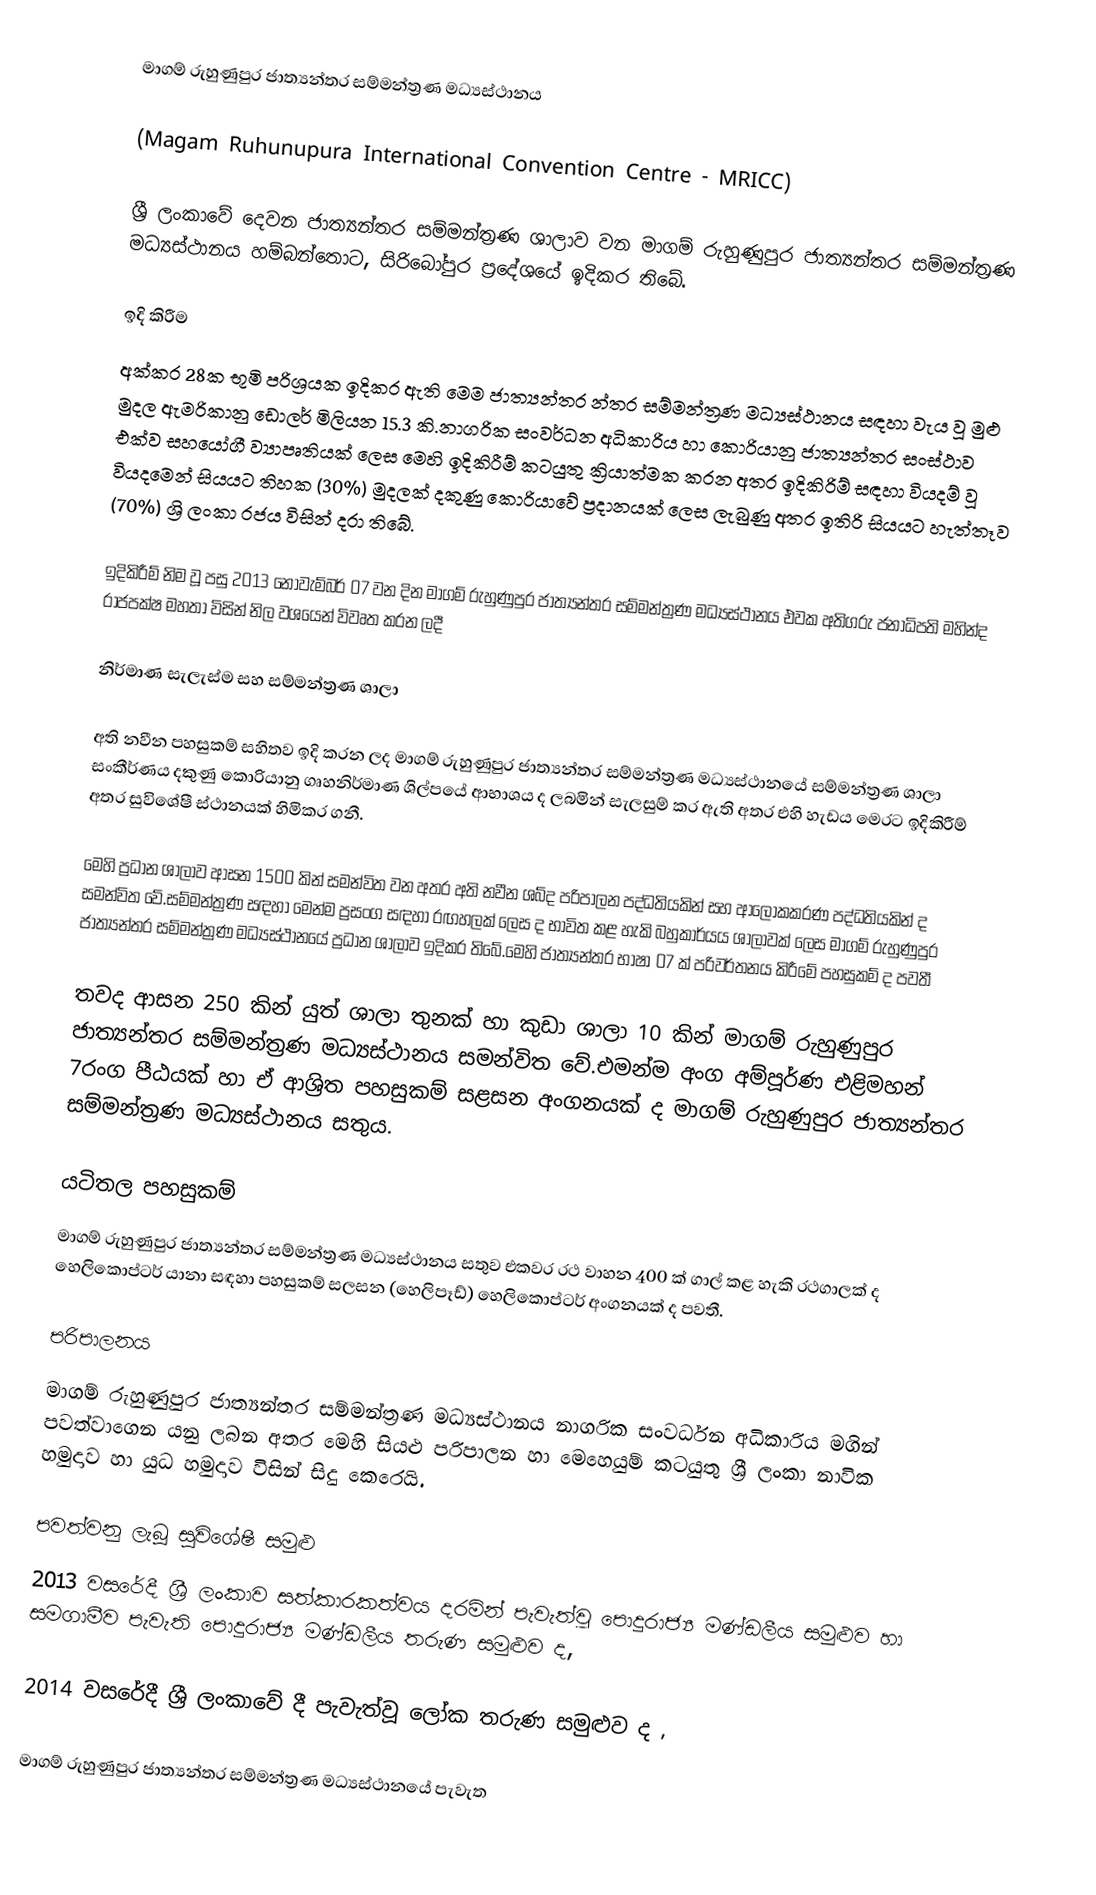
මාගම් රුහුණුපුර ජාත්‍යන්තර සම්මන්ත්‍රණ     මධ්‍යස්ථානය

(Magam Ruhunupura International Convention Centre - MRICC)

ශ්‍රී ලංකාවේ දෙවන ජාත්‍යන්තර සම්මන්ත්‍රණ ශාලාව වන මාගම් රුහුණුපුර ජාත්‍යන්තර සම්මන්ත්‍රණ මධ්‍යස්ථානය හම්බන්තොට, සිරිබෝපුර ප්‍රදේශයේ ඉදිකර තිබේ.

ඉදි කිරීම
අක්කර 28ක භූමි පරිශ්‍රයක ඉදිකර ඇති මෙම ජාත්‍යන්තර න්තර සම්මන්ත්‍රණ මධ්‍යස්ථානය සඳහා වැය වූ මුළු මුදල ඇමරිකානු ඩොලර් මිලියන 15.3 කි.නාගරික සංවර්ධන අධිකාරිය හා කොරියානු ජාත්‍යන්තර සංස්ථාව එක්ව සහයෝගී ව්‍යාපෘතියක් ලෙස මෙහි ඉදිකිරීම් කටයුතු ක්‍රියාත්මක කරන අතර ඉදිකිරිම් සඳහා වියදම් වූ වියදමෙන් සියයට තිහක (30%) මුදලක් දකුණු කොරියාවේ ප්‍රදානයක් ලෙස ලැබුණු අතර ඉතිරි සියයට හැත්තෑව (70%) ශ්‍රි ලංකා රජය විසින් දරා තිබේ.

ඉදිකිරීම් නිම වූ පසු 2013 නොවැම්බර් 07 වන දින මාගම් රුහුණුපුර ජාත්‍යන්තර සම්මන්ත්‍රණ මධ්‍යස්ථානය එවක අතිගරු ජනාධිපති මහින්ද රාජපක්ෂ  මහතා විසින් නිල වශයෙන් විවෘත කරන ලදී

නිර්මාණ සැලැස්ම සහ සම්මන්ත්‍රණ ශාලා

අති නවීන පහසුකම් සහිතව ඉදි කරන ලද මාගම් රුහුණුපුර ජාත්‍යන්තර සම්මන්ත්‍රණ මධ්‍යස්ථානයේ සම්මන්ත්‍රණ ශාලා සංකීර්ණය දකුණු කොරියානු ගෘහනිර්මාණ ශිල්පයේ ආභාශය ද ලබමින් සැලසුම් කර ඇති අතර එහි හැඩය මෙරට ඉදිකිරීම් අතර සුවිශේෂී ස්ථානයක් හිමිකර ගනී.

මෙහි ප්‍රධාන ශාලාව ආසන 1500 කින් සමන්විත වන අතර අති නවීන ශබ්ද පරිපාලන පද්ධතියකින් සහ ආලෝකකරණ පද්ධතියකින් ද සමන්විත වේ.සම්මන්ත්‍රණ සඳහා මෙන්ම ප්‍රසංග සඳහා රඟහලක් ලෙස ද භාවිත කළ හැකි බහුකාර්යය ශාලාවක් ලෙස මාගම් රුහුණුපුර ජාත්‍යන්තර සම්මන්ත්‍රණ මධ්‍යස්ථානයේ ප්‍රධාන ශාලාව ඉදිකර තිබේ.මෙහි ජාත්‍යන්තර භාෂා 07 ක් පරිවර්තනය කිරීමේ පහසුකම් ද පවතී

තවද ආසන 250 කින් යුත් ශාලා තුනක් හා කුඩා ශාලා 10 කින් මාගම් රුහුණුපුර ජාත්‍යන්තර සම්මන්ත්‍රණ මධ්‍යස්ථානය සමන්විත වේ.එමන්ම අංග අම්පූර්ණ එළිමහන් 7රංග පීඨයක් හා ඒ ආශ්‍රිත පහසුකම් සළසන අංගනයක් ද මාගම් රුහුණුපුර ජාත්‍යන්තර සම්මන්ත්‍රණ මධ්‍යස්ථානය සතුය.

යටිතල පහසුකම්
මාගම් රුහුණුපුර ජාත්‍යන්තර සම්මන්ත්‍රණ මධ්‍යස්ථානය සතුව එකවර රථ වාහන 400 ක් ගාල් කළ හැකි රථගාලක් ද හෙලිකොප්ටර් යානා සඳහා පහසුකම් සලසන (හෙලිපෑඩ්) හෙලිකොප්ටර් අංගනයක් ද පවතී.

පරිපාලනය
මාගම් රුහුණුපුර ජාත්‍යන්තර සම්මන්ත්‍රණ මධ්‍යස්ථානය නාගරික සංවර්ධන අධිකාරිය මගින් පවත්වාගෙන යනු ලබන අතර මෙහි සියළු පරිපාලන හා මෙහෙයුම් කටයුතු ශ්‍රී ලංකා නාවික හමුදාව හා යුධ හමුදාව විසින් සිදු කෙරෙයි.

පවත්වනු ලැබූ සුවිශේෂී සමුළු
2013 වසරේදී ශ්‍රී ලංකාව සත්කාරකත්වය දරමින් පැවැත්වූ පොදුරාජ්‍ය මණ්ඩලීය සමුළුව හා සමගාමීව පැවැති පොදුරාජ්‍ය මණ්ඩලීය තරුණ සමුළුව ද,

2014 වසරේදී ශ්‍රී ලංකාවේ දී පැවැත්වූ ලෝක තරුණ සමුළුව ද ,

මාගම් රුහුණුපුර ජාත්‍යන්තර සම්මන්ත්‍රණ මධ්‍යස්ථානයේ පැවැත